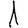
Digit: 1